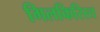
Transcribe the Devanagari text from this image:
गिलकिरिस्त